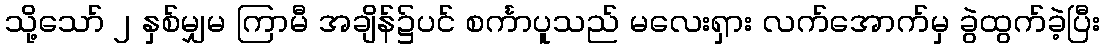
သို့သော် ၂ နှစ်မျှမ ကြာမီ အချိန်၌ပင် စင်္ကာပူသည် မလေးရှား လက်အောက်မှ ခွဲထွက်ခဲ့ပြီး